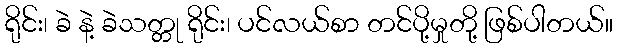
ရိုင်း၊ ခဲ နဲ့ ခဲသတ္တု ရိုင်း၊ ပင်လယ်စာ တင်ပို့မှုတို့ ဖြစ်ပါတယ်။